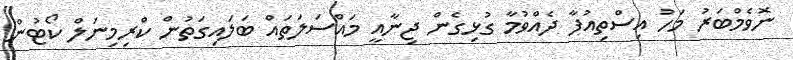
ނޮވެމްބަރު މަހު އިސްތިއުފާ ދެއްވުމާ ގުޅިގެން ޖިނާއީ މައްސަލަތައް ބަލައިގަތުން ކްރިމިނަލް ކޯޓުން